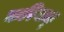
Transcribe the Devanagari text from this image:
करियाकू